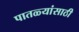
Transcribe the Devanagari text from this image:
पातळ्यांसाठी